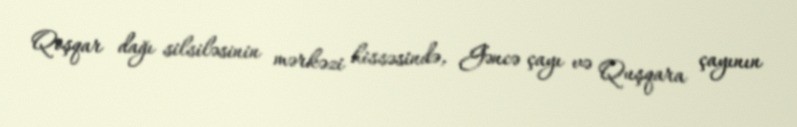
Qoşqar dağı silsiləsinin mərkəzi hissəsində, Gəncə çayı və Quşqara çayının